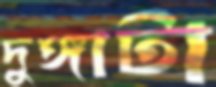
দুঙ্গাটা